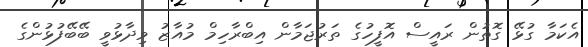
އެކަމާ ގުޅޭ ގޮތުން ރައީސް އޮފީހުގެ ތަރުޖަމާން އިބްރާހިމް މުއާޒު ވިދާޅުވީ ބޭބޭފުޅުންގެ